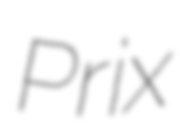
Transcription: Prix